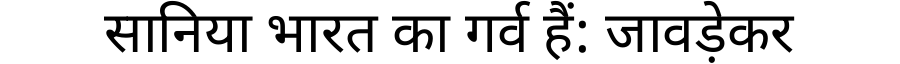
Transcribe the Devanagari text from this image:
सानिया भारत का गर्व हैं: जावड़ेकर